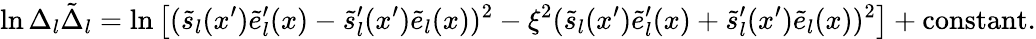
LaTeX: \ln\Delta_{l}\tilde{\Delta}_{l}=\ln\left[(\tilde{s}_{l}(x^{\prime})\tilde{e}_{l}^{\prime}(x)-\tilde{s}_{l}^{\prime}(x^{\prime})\tilde{e}_{l}(x))^{2}-\xi^{2}(\tilde{s}_{l}(x^{\prime})\tilde{e}_{l}^{\prime}(x)+\tilde{s}_{l}^{\prime}(x^{\prime})\tilde{e}_{l}(x))^{2}\right]+\mathrm{constant}.